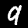
Label: 9